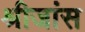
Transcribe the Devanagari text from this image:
श्रीजांस